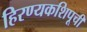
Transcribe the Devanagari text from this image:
हिरण्यकशिपूची